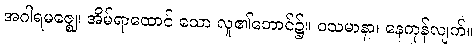
အဂါရမဇ္ဈေ၊ အိမ်ရာထောင် သော လူ၏ဘောင်၌။ ဝသမာနာ၊ နေကုန်လျက်။